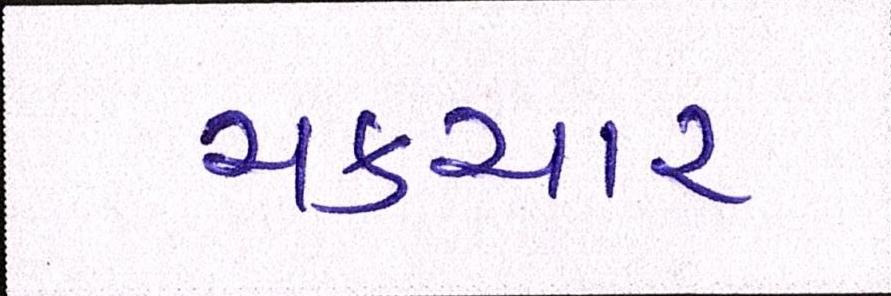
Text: ચકચાર